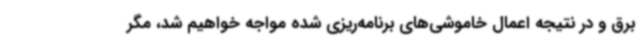
برق و در نتیجه اعمال خاموشی‌های برنامه‌ریزی شده مواجه خواهیم شد، مگر